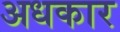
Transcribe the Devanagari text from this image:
अधकार